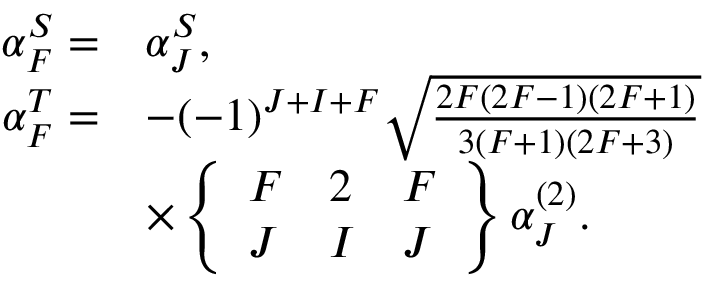
\begin{array} { r l } { \alpha _ { F } ^ { S } = } & { \alpha _ { J } ^ { S } , } \\ { \alpha _ { F } ^ { T } = } & { - ( - 1 ) ^ { J + I + F } \sqrt { \frac { 2 F ( 2 F - 1 ) ( 2 F + 1 ) } { 3 ( F + 1 ) ( 2 F + 3 ) } } } \\ & { \times \left\{ \begin{array} { l l l } { F } & { 2 } & { F } \\ { J } & { I } & { J } \end{array} \right\} \alpha _ { J } ^ { ( 2 ) } . } \end{array}